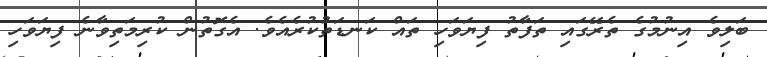
ބަލިވެ އިނުމުގެ ތެރޭގައި ތަފާތު ފިޔަވަހި ތައް ކަނޑަތުކުރެއެވެ. އެގޮތުން ކުރިމަތިވާނެ ފިޔަވަހި